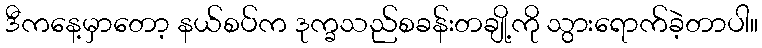
ဒီကနေ့မှာတော့ နယ်စပ်က ဒုက္ခသည်စခန်းတချို့ကို သွားရောက်ခဲ့တာပါ။